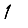
Digit: 1